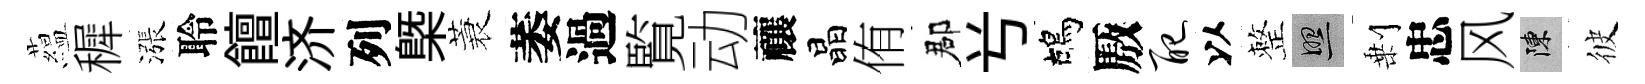
藴穉漲聆饘济列㮣蓑萎過覧动禳晶侑郡𠔃鴣厫配以整照剰忠风陳彼